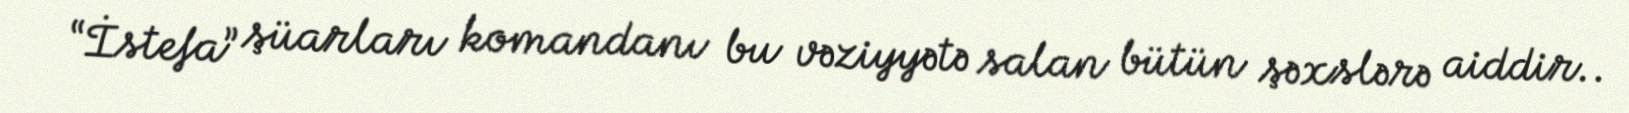
“İstefa” şüarları komandanı bu vəziyyətə salan bütün şəxslərə aiddir..